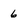
Character: 6